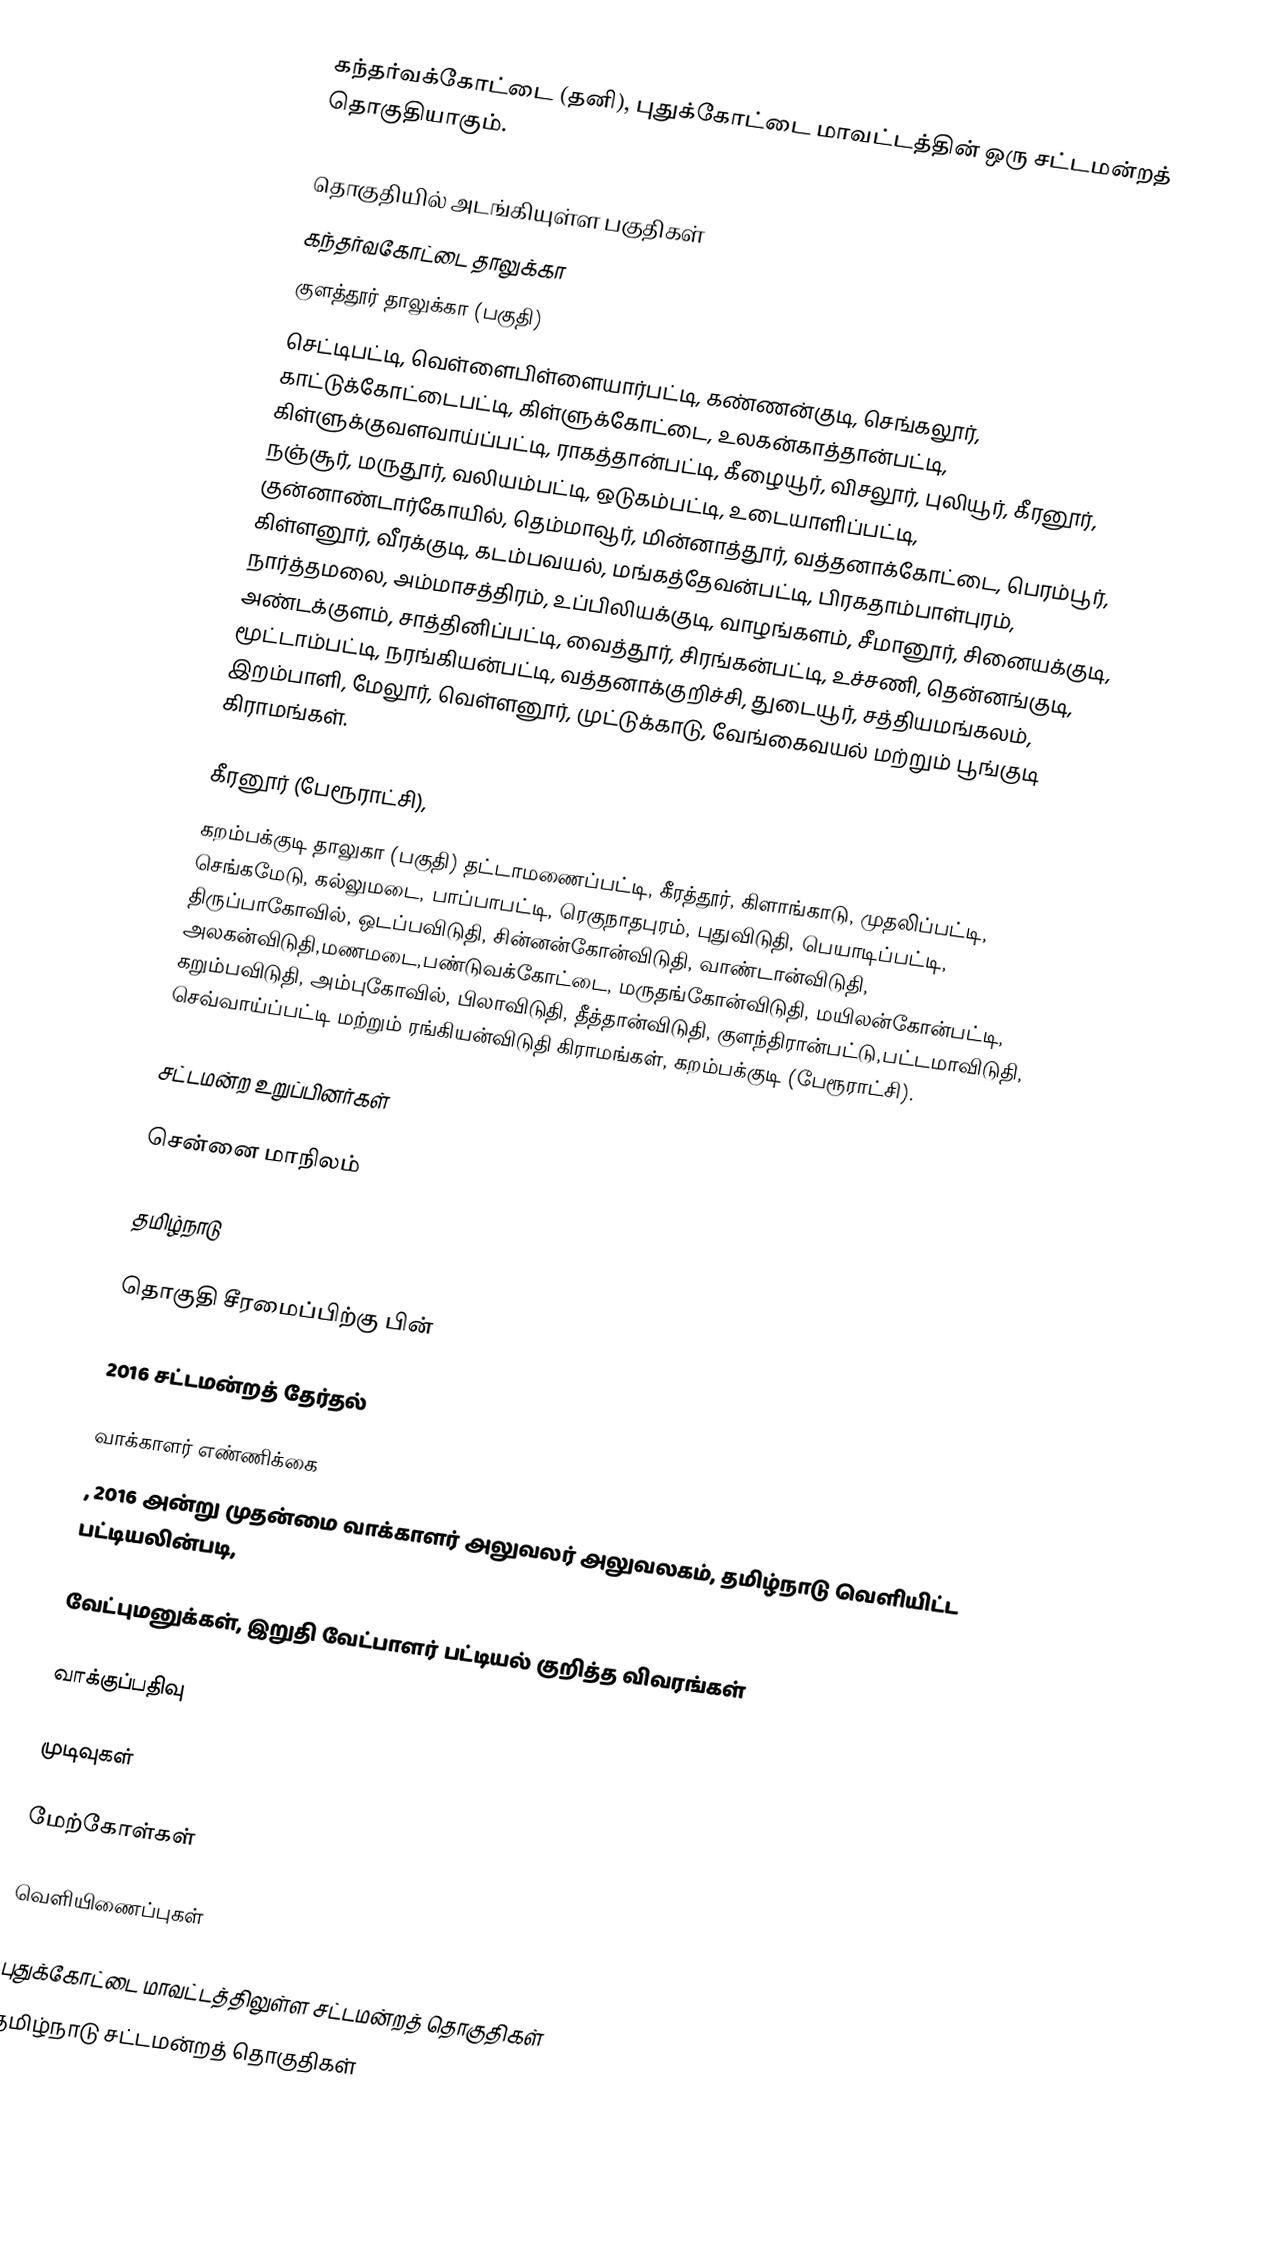
கந்தர்வக்கோட்டை (தனி), புதுக்கோட்டை மாவட்டத்தின் ஒரு சட்டமன்றத் தொகுதியாகும்.

தொகுதியில் அடங்கியுள்ள பகுதிகள்
கந்தர்வகோட்டை தாலுக்கா
குளத்தூர் தாலுக்கா (பகுதி)
செட்டிபட்டி, வெள்ளைபிள்ளையார்பட்டி, கண்ணன்குடி, செங்கலூர், காட்டுக்கோட்டைபட்டி, கிள்ளுக்கோட்டை, உலகன்காத்தான்பட்டி, கிள்ளுக்குவளவாய்ப்பட்டி, ராகத்தான்பட்டி, கீழையூர், விசலூர், புலியூர், கீரனூர், நஞ்சூர், மருதூர், வலியம்பட்டி, ஒடுகம்பட்டி, உடையாளிப்பட்டி, குன்னாண்டார்கோயில், தெம்மாவூர், மின்னாத்தூர், வத்தனாக்கோட்டை, பெரம்பூர், கிள்ளனூர், வீரக்குடி, கடம்பவயல், மங்கத்தேவன்பட்டி, பிரகதாம்பாள்புரம், நார்த்தமலை, அம்மாசத்திரம், உப்பிலியக்குடி, வாழங்களம், சீமானூர், சினையக்குடி, அண்டக்குளம், சாத்தினிப்பட்டி, வைத்தூர், சிரங்கன்பட்டி, உச்சணி, தென்னங்குடி, மூட்டாம்பட்டி, நரங்கியன்பட்டி, வத்தனாக்குறிச்சி, துடையூர், சத்தியமங்கலம், இறம்பாளி, மேலூர், வெள்ளனூர், முட்டுக்காடு, வேங்கைவயல் மற்றும் பூங்குடி கிராமங்கள்.

கீரனூர் (பேரூராட்சி),
கறம்பக்குடி  தாலுகா (பகுதி) தட்டாமணைப்பட்டி, கீரத்தூர், கிளாங்காடு, முதலிப்பட்டி, செங்கமேடு, கல்லுமடை, பாப்பாபட்டி, ரெகுநாதபுரம், புதுவிடுதி, பெயாடிப்பட்டி, திருப்பாகோவில், ஒடப்பவிடுதி, சின்னன்கோன்விடுதி, வாண்டான்விடுதி, அலகன்விடுதி,மணமடை,பண்டுவக்கோட்டை, மருதங்கோன்விடுதி, மயிலன்கோன்பட்டி, கறும்பவிடுதி, அம்புகோவில், பிலாவிடுதி, தீத்தான்விடுதி, குளந்திரான்பட்டு,பட்டமாவிடுதி, செவ்வாய்ப்பட்டி மற்றும் ரங்கியன்விடுதி கிராமங்கள், கறம்பக்குடி (பேரூராட்சி).

சட்டமன்ற உறுப்பினர்கள்

சென்னை மாநிலம்

தமிழ்நாடு

தொகுதி சீரமைப்பிற்கு பின்

2016 சட்டமன்றத் தேர்தல்

வாக்காளர் எண்ணிக்கை
, 2016 அன்று முதன்மை வாக்காளர் அலுவலர் அலுவலகம், தமிழ்நாடு வெளியிட்ட பட்டியலின்படி,

வேட்புமனுக்கள், இறுதி வேட்பாளர் பட்டியல் குறித்த விவரங்கள்

வாக்குப்பதிவு

முடிவுகள்

மேற்கோள்கள்

வெளியிணைப்புகள்

புதுக்கோட்டை மாவட்டத்திலுள்ள சட்டமன்றத் தொகுதிகள்
தமிழ்நாடு சட்டமன்றத் தொகுதிகள்